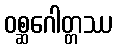
ဝစ္ဆဂေါတ္တဿ